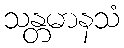
သန္တမာနသံ